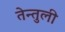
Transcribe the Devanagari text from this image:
तेन्तुली